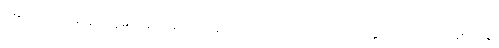
မြောက်ဖက်မုခ်တွင် ကူမင်းမှာ မောင်းနှင်နိုင်မည့် လတ်တလောကမှ ဒေါ်နူးတောင်က သိမ်းကျုံး၍